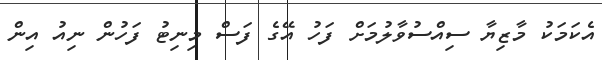
އެކަމަކު މާޒިޔާ ސިއްސުވާލުމަށް ފަހު އޭގެ ފަސް މިނިޓު ފަހުން ނިއު އިން